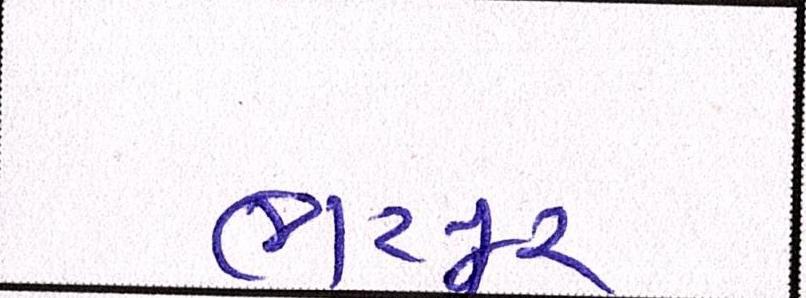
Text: ભરપુર